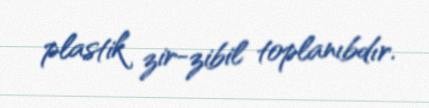
plastik zir-zibil toplanıbdır.